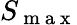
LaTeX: S_{\mathrm{~m~a~x~}}